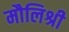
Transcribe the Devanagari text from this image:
मौलिश्री